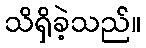
သိရှိခဲ့သည်။